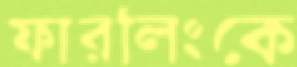
ফারলিংকে